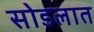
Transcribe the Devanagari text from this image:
सोडलात